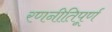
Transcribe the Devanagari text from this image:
रणनीतिपूर्ण